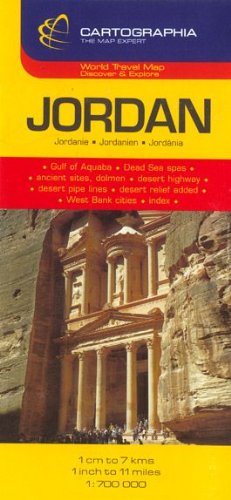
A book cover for Jordan Map; Cartographia; Travel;